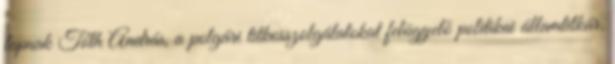
lapnak Tóth András, a polgári titkosszolgálatokat felügyelő politikai államtitkár.